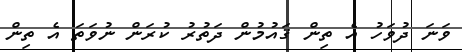
ވަނަ ދުވަހު އެ ތިން ޤައުމުން ދަތުރު ކުރަން ނުވަތަ އެ ތިން